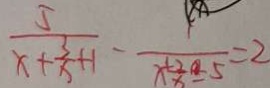
\frac { 5 } { x + \frac { 3 } { x } + 1 } - \frac { 1 } { x + 2 - 5 } = 2